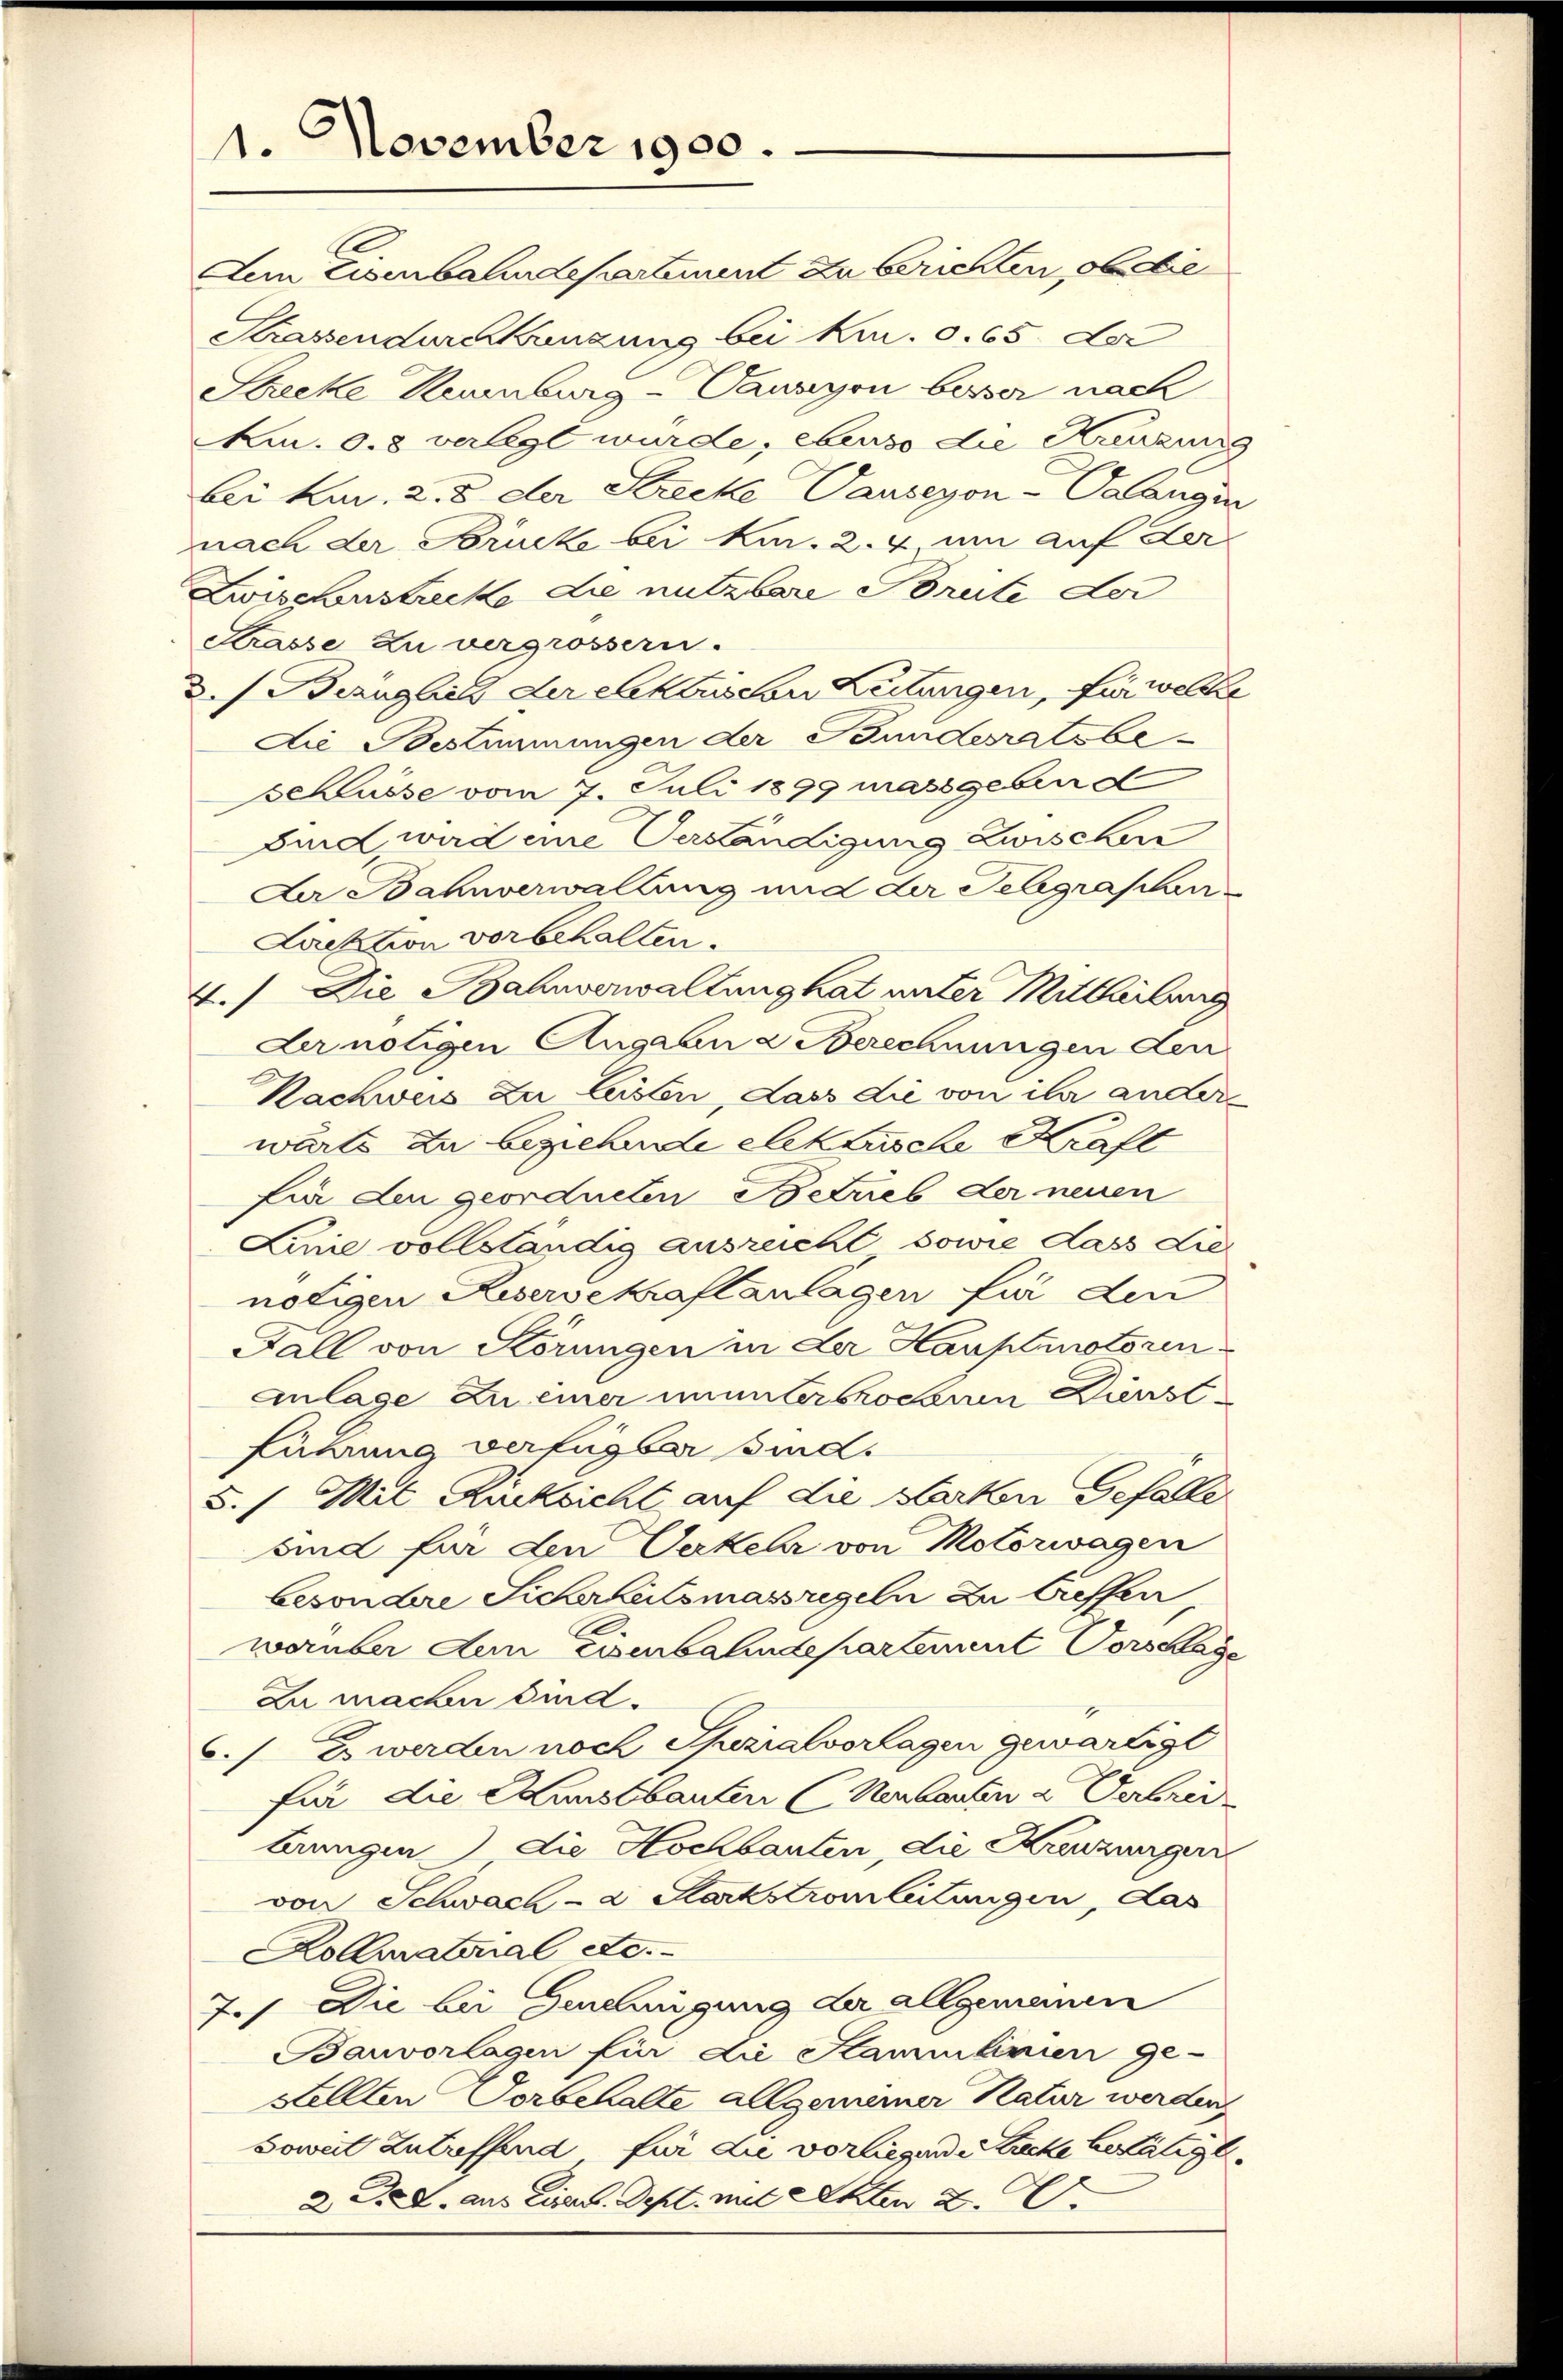
1. November 1900.

Dem Eisenbahndepartement zu berichten, ob die
Strassendurchkreuzung bei Kr. 0. 65. Der
Strecke Neuenburg - Pausion besser nach
Km. 0.8 verlegt wurde, ebenso die Kreuzune
bei kn. 2. 8 der Strecke Pauseyon - Calangen
nach der Brücke bei Kur. 2. & um auf der
Zwischerstrecke die nutzbare Brute der
Strasse zu vergrössern.
d. s. Bezüglich der Ehekarischen Leitungen, für welche
Die Bestimmungen der Bundesratsbeschlusse vom 7. Juli 1899 massgeben d
sind wird eine Verständigung zwischen
Der Bahnverwaltung und der Telegraschi
Lirektion vorbehalten.
4.) Die Bahnverwaltung hat unter Mittheilung
der nötigen Angaben a Berechnungen den
Kachweis zu leisten, dass die von ihr anderwärts zu beziehende elektrische Kraft
fir den geordneten Betrieb der neuen
Linie vollständig ausreicht sowie dass Lienötigen Keservekraftanlagen für den
Fall von Körungen in der Hauptinotoren
Anlage zu einer ununterbrochenen Dienstführung verfügbar sind.
5.) Mit Rücksicht auf die Starken Gefalle
sind für den Verkehr von Motorwagen
besondere Sicherheitsmassregeln zu treffen,
worüber den Eisenbahndepartement Vorschlage
Zu machen wurd.
6.) Es werden noch Purialvorlagen gewärtigt
für die Kunstbauten (Neubauten & Verbrei
brungen die Hochbauten, die Kreuzungen
von Schwach- a Markstromleitungen, das
Kollarational etc.
7.) Die bei Genehmigung der allgemeinen
Bauvorlagen für die Kammlinien ge-
Stellten Vorbehalte allgemeiner Natur werden,
Soweit Zutreffend für die vorliegend Strecke betätigt.
2 F. L. aus Eisen. Sept. mit Akten 2. V.